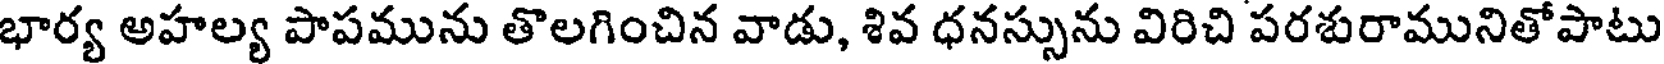
భార్య అహల్య పాపమును తొలగించిన వాడు, శివ ధనస్సును విరిచి పరశురామునితోపాటు